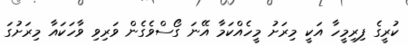
ކުރީގެ ފިރިމީހާ އަކީ މިރަށު މީހެއްކަމާ އޭނަ ގޯސްވެގެން ވަރިވި ވާހަކައާ މިރަށުގަ